Tezpur Lunatic Asylum reports 1877-1894 - 1877-1894
Year: 1877
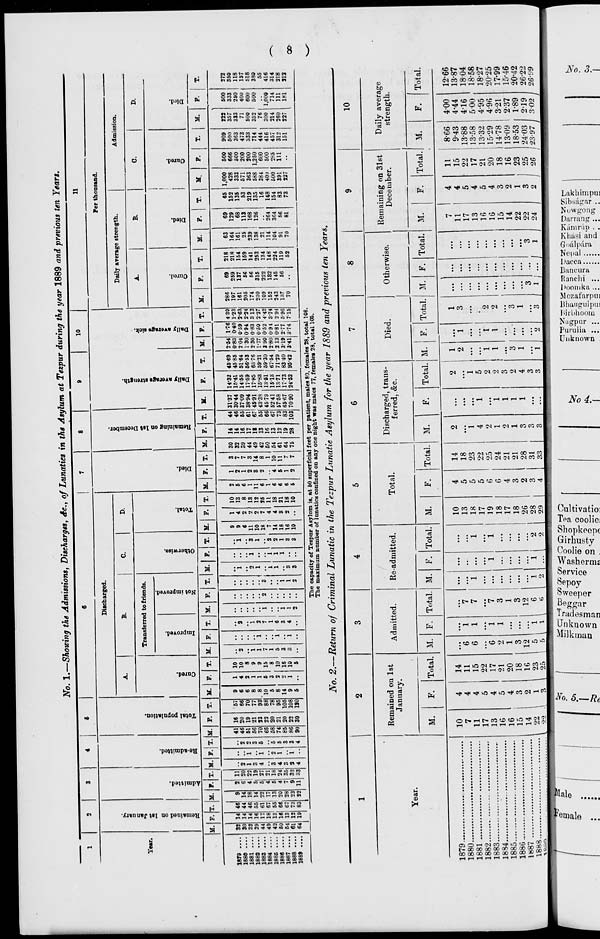
No. 1.—Showing the Admissions, Discharges, Sc, of Lunatics in the Asylum at Tezpur during the year 1889 and previous ten Years.
10
li
s
c
c
c
S
•a
a
M
i
0
P.
o
c,
o
Discharged.
B.
a
Transferred to friends.
■8
>►
2
c
S
8
a
o
55
§
5
a
o
CD
a
"3
a o
Q
Per thousand.
■3
C
Daily arerage strength.
Admission.
A.
B.
C.
D.
e
o
M. F. T. M P. T. M. F. T. M. F.
M.
M. F. T. M. F.
M. F. T. M. F. T. M. F. T. M. F. T,
M. F. T.
M
M.
F.
M.
F.
T.
1879
1880
1881
1883
1883
1884
1885
1886
1887
1888
1899
32
30
S2
39
44
149
42
50
54
61
64
2 11
6 20
22
19
27
21
18
24
35
32
11 33
5
66
70
7
93
88
78
95
105
108
180
10
13
8
13
12
25
11
18
21
18
10
30
32
S9
44
49
42
50
54
61
64
75
14
14
16
17
IS
13
16
13
12
19
28
44 31-37 14-32 4569 2-54 1-76 430 286
69
218
46 30-44 15-41 4585 0-83 040 1-23 197
259
218
55 37-09 1455 5164 2 04 0-59 263 161
137
154
61 38-94 17-59 56-53 1-30 0'94 2-24 205
56
169
67 45-91 17-85 63-76 230 0-83 3 13 174
56
141
65 43-38 15-83 5921 1-77 050 227 230
315
253
66 4579 13-61 59-30 3-90 0-52 4-42 109
222
134
67 5241 1513 67-54 2-80 0 94 3-74 152
132
148
73 67-58 13-71 7129 ,2 13 0-81 294 243
145
224
83 6567 1773 8340 3-19 2-77 5-96 137
56
119
103 7090 24-52 95-42 1 3-41 3-74 7-15
70
••
62
63
164
161
25
239
138
21
114
104
91
70
69
65 1,000
500
129
152
428
666
68
135
333
500
113
53
571
200
168
219
363
200
126
135
588 1,250
16
384
600
264
148
40J
500
364
154
500
285
56
83
391
111
81
73
227
■•
909
500
363
473
333
714
444
416
457
312
151
123
357
333
71
500
352
76
300
214
260
227
500
333
250
400
600
500
1,000
714
111
181
272
350
118
157
518
380
55
416
314
218
312
The capacity of Tezpur Asylum is, at 60 superficial feet per patient, males 80, females 28, total 108.
The maximum number of lunatics confined on any one night was males 77, females 28, total 105.
No. 2.—Return of Criminal Lunatic in the Tezpur Lunatic Asylum for the year 1889 and previous ten Years.
1
1 2
3
4
5
6
7
8
9
10
•
Remained on 1st
January.
Admitted.
Re-adniitted.
Total.
Discharged, trans-
ferred, &c.
Died.
Otherwise.
Remaining on 31st
December.
Daily average
strength.
Year.
M.
F.
Total. M. F. Total. M. F. Total. M.
F.
Total. M.
F.
Total. M. F. Total. M. F. Total. M.
F.
Total. M.
F.
Total.
1879
10
4
14
1
10
4
14
2
2
1
1
1
7
4
11
8-66
4-00
12-66
1880
7
11
4
4
11
15
6
6
1
1
7
7
1
...
"i
13
18
5
5
18
23
"i
...
"i
2
i 3 ... ...
11
17
4
5
15
22
9-43
13-88
4-44
416
1387
1881
1804
1882
17
5
22
...
17
5
22
4
1
5
13
4
17
13-58
500
18-58
1883
13
4
17
6
1
7
1
1
19
6
25
2
.
2
1
t
2
16
5
21
13-32
4-95
18-27
1884
;
16
5
21
2
1
3
18
6
24
1
1
2
1
1
2
16
4
20
15-29
4-96
2025
1885
16
4
20
1
1
17
4
21
9
1
3
.
15
3
18
14-78
3-21
17-99
1886
15 1
3
14
2
9.2
1
18
16
23
3
12
5
5
"i
i
3
12
6
1
2
i 2
2
18
26
28
, 29
3
2
3
4
21
28
31
33
1
3
3
3
1
1
2
4
3
3
3
1
i 2
3
1
3
3
...
14
22
22
24 1
2
1
3
2
16
23
25
26
13-09
237
15-46
1887
18-53 1 1-89
2403
2-19
20-42
18H8
3
26-22
\ua.r\.
■ • ■'.
■.-,
•>.">
■••
,
1
23-97 j 3 02 1 26-99
a
a
rL
ST
7r PT £L?9 ro""225-?o-iSp
S O tt> J .-<
P s.
B
P
a S 3
J=i : 3. SL sr. 3*-§ ~ "
ffl
1
Is.
3" 3"
P cL- : <*» r*2
Co
OO